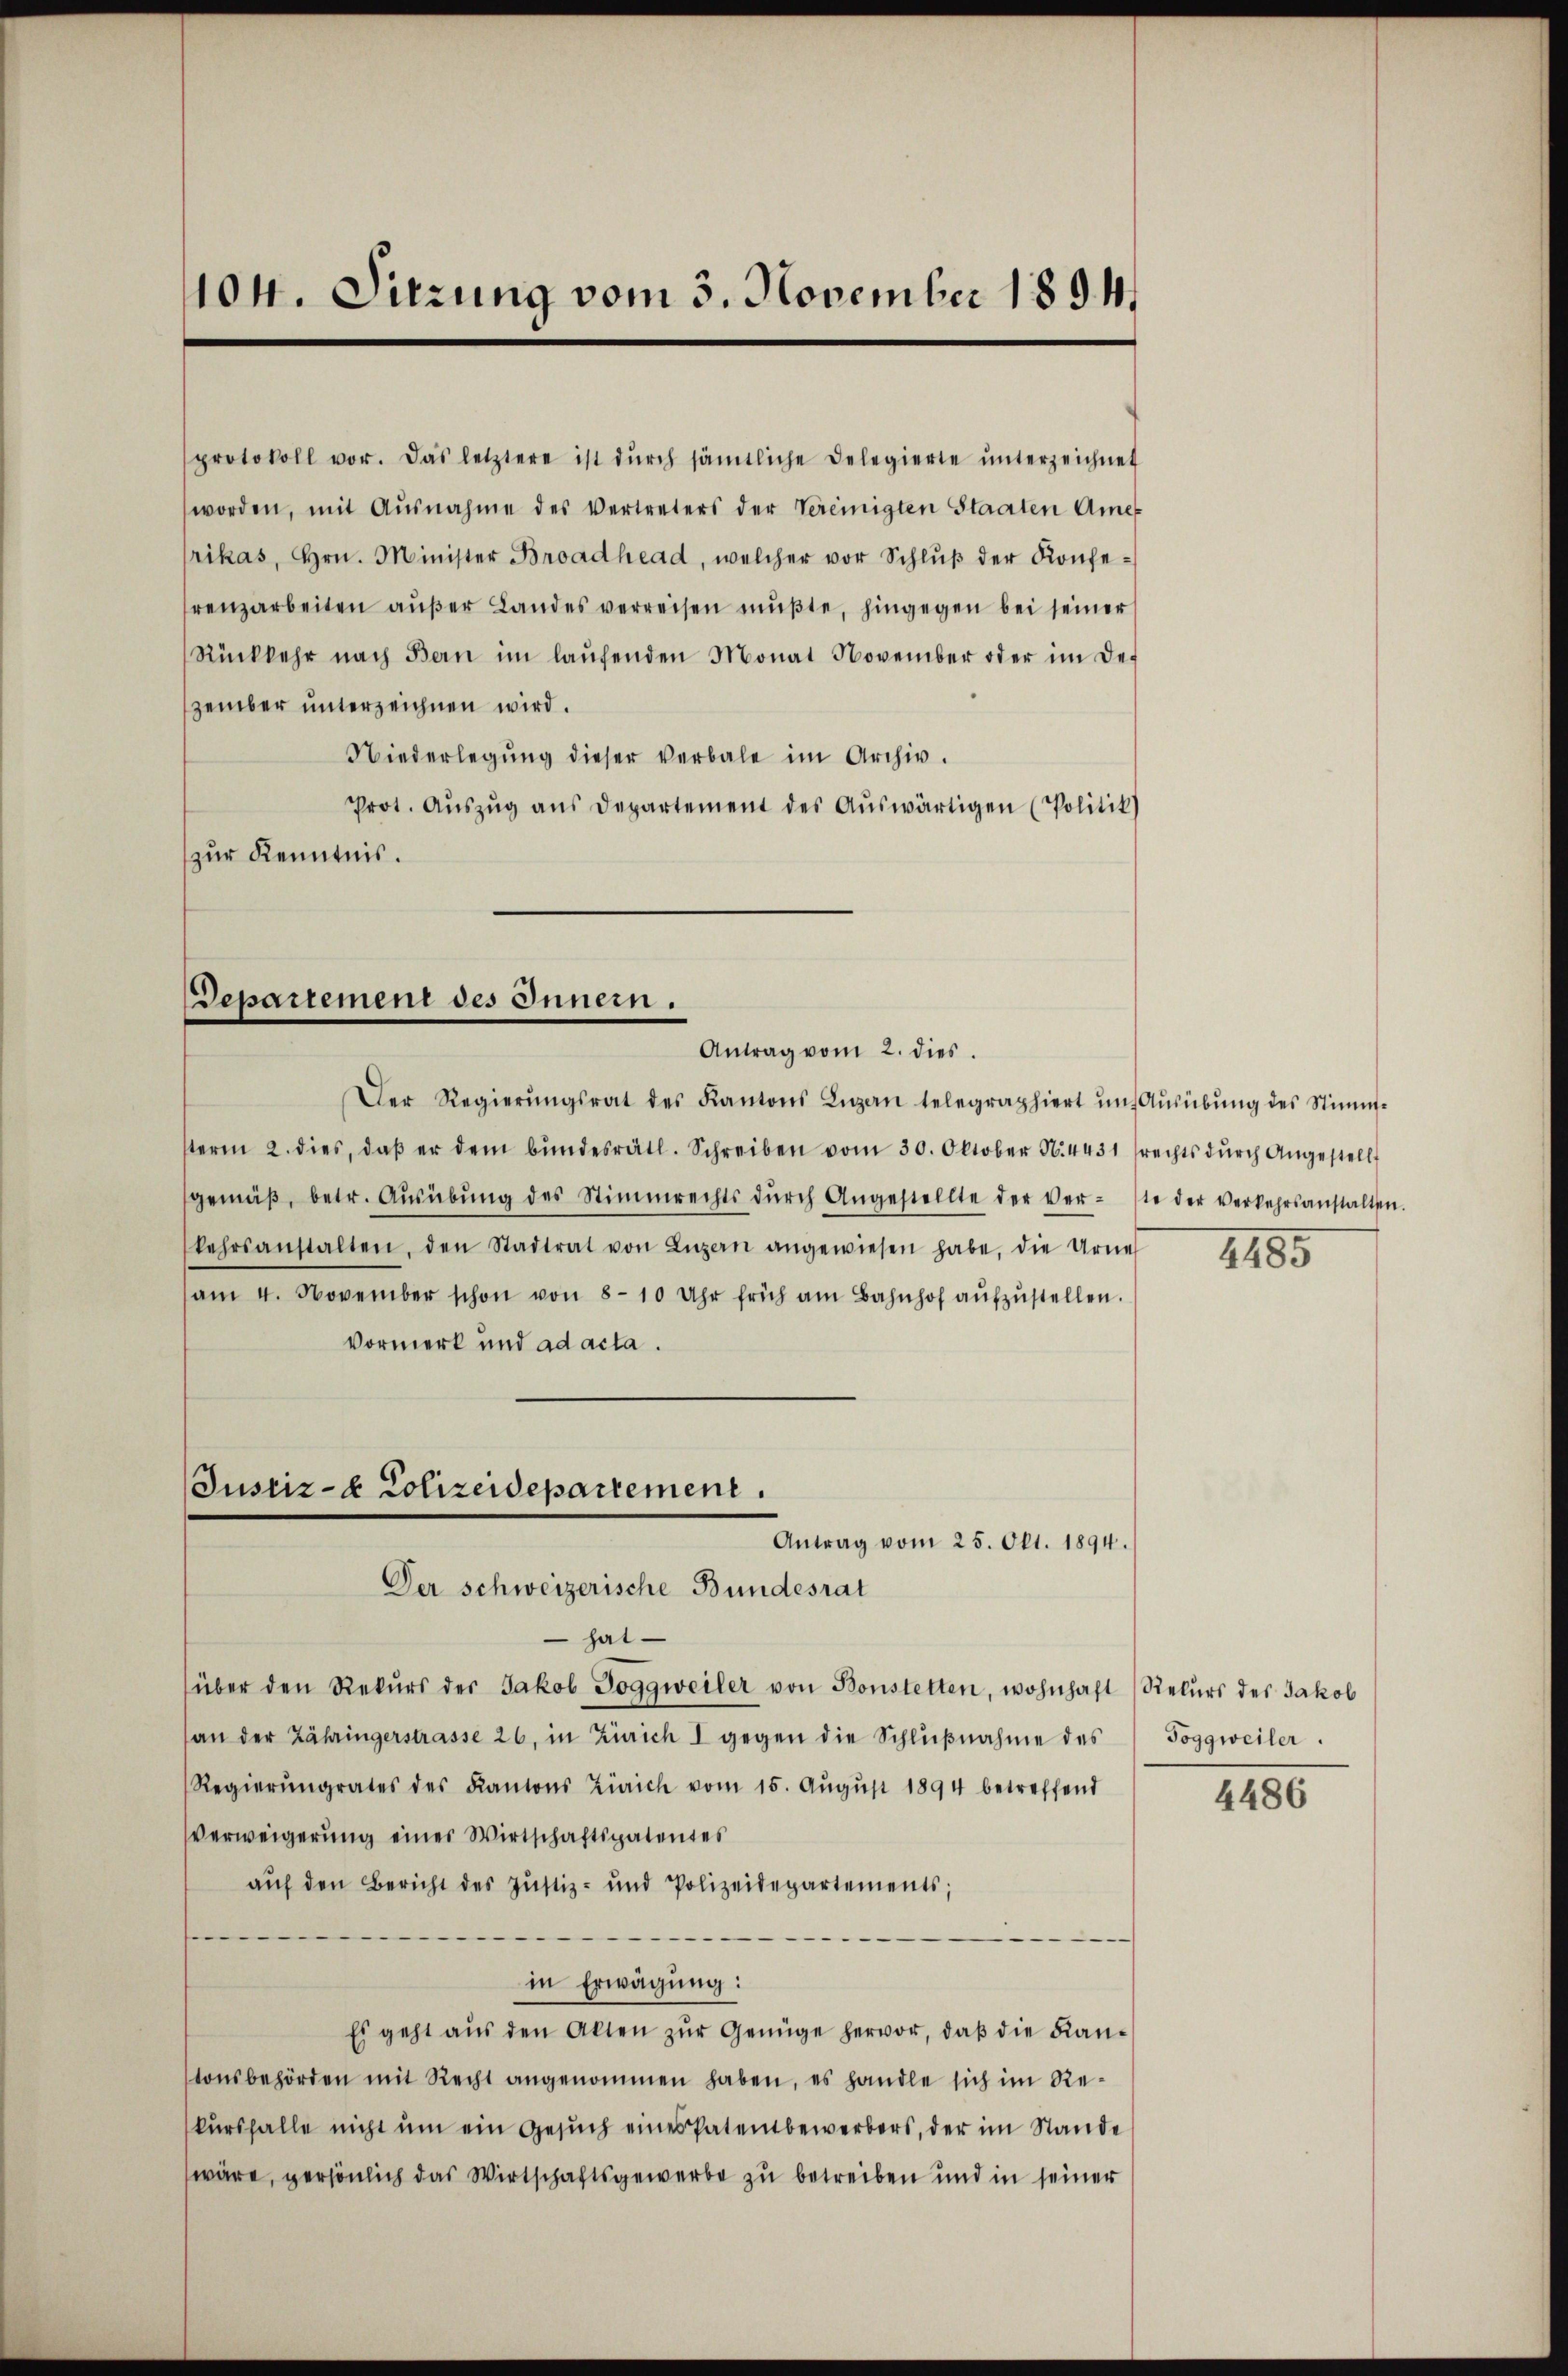
104. Sitzung vom 3. November 1894.

renzarbeiten aŭβer Landes verreisen mŭβte, hingegen bei seiner
Rückkehr nach Bern im laŭfenden Monat November oder im Def
zember unterzeichnen wird.
Niederlegung dieser verbale im Archiv.
Prot. Aŭszŭg ans Departement des Aŭswärtigen (Politik)
zur Kenntnis.

Departement des Innern.
Antrag vom 2. dies

protokoll vor. Das letztere ist dŭrch sämtliche Delegierte ŭnterzeichnet
worden, mit Ausnahme des Vertreters der Vereinigten Staaten Ame
rikas, Hrn. Minister Broadhead, welcher vor Schlŭβ der Konfe-

Der Schweizerische Bundesrat

Der Regierŭngsrat des Kantons Luzan telegraphiert in Aŭsübŭng des Stimm-
sterm 2. dies, daβ er dem bŭndesrätl. Schreiben vom 30. Oktober N. 4431 (rechts dŭrch Angestellt
gemäβ, betr. Aŭsübŭng des Stimmrechts dŭrch Angestellte der verste der verkehrsanstalten.
kehrsanstalten, den Stadtrat von Luzern angewiesen habe, die Urne
am 4. November schon von 8-10 Uhr früh am Bahnhof aŭfzŭstellen.
Vormerk und ad acta.
Justiz- & Polizeidepartement.
Antrag vom 25. Okt. 1894.

hat
über den Rekŭrs der Jakob Toggweiler von Bonstetten, wohnhaft (Rekurs des Jakob
an der Zähringerstrasse 26, in Zürich I gegen die Schlŭβnahme des Toggweiler.
Regierŭngrates des Kantons Zürich vom 15. Aŭgŭst 1894 betreffend
verweigerung einer Wirtschaftspatentes
aŭf den Bericht des Justiz- und Polizeidepartements;
in Erwägung:
Es geht aŭs den Akten zŭr Genüge hervor, daβ die Kan-
tonsbehörden mit Recht angenommen haben, es handle sich im Rekursfalle nicht um ein Gesuch eines Patentbewerbers, der im Stande
wäre, persönlich das Wirtschaftsgewerbe zu betreiben und in seiner

1485

4486